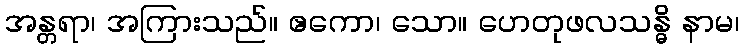
အန္တရာ၊ အကြားသည်။ ဧကော၊ သော။ ဟေတုဖလသန္ဓိ နာမ၊